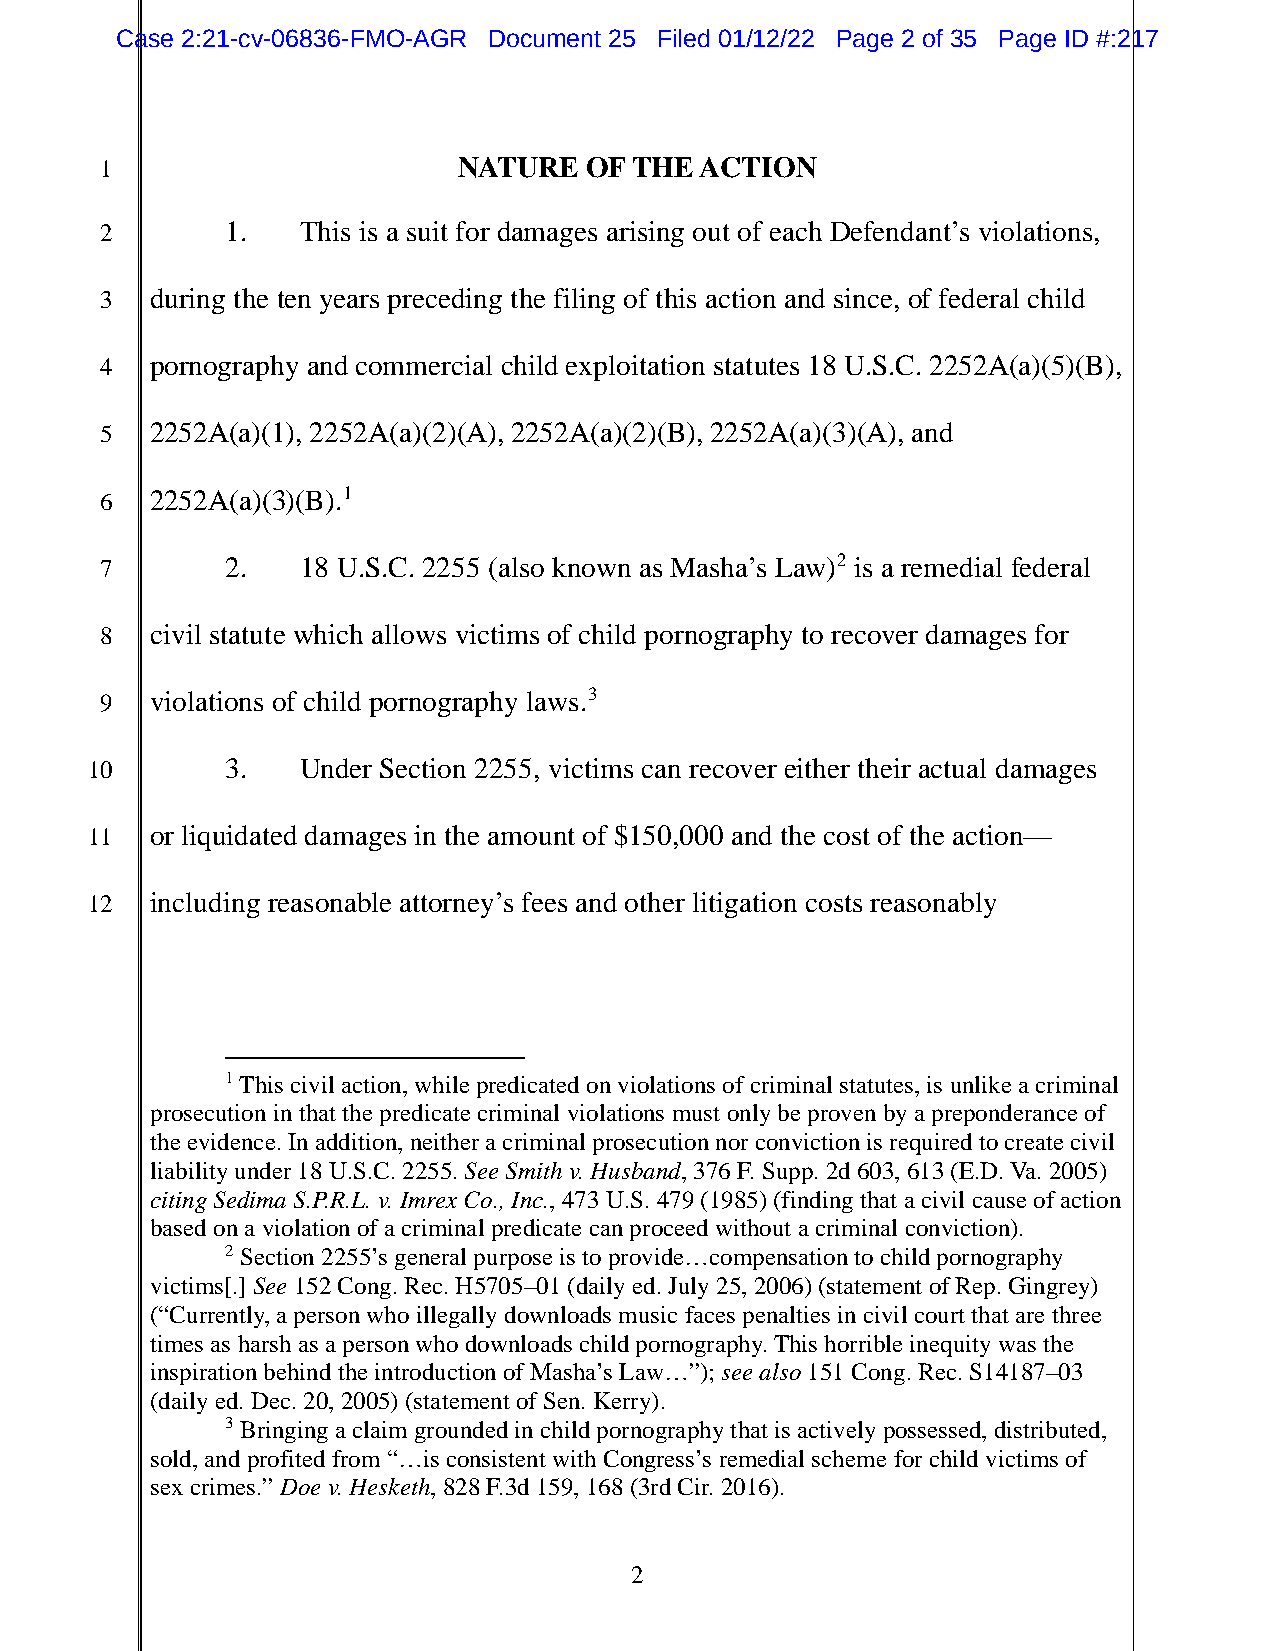
Case 2:21-cv-06836-FMO-AGR Document 25 Filed 01/12/22 Page 2 of 35 Page ID #:217
 1                      NATURE   OF THE ACTION
 2       1.   This is a suit for damages arising out of each Defendant’s violations,
 3  during the ten years preceding the filing of this action and since, of federal child
 4  pornography and commercial child exploitation statutes 18 U.S.C. 2252A(a)(5)(B),
 5  2252A(a)(1), 2252A(a)(2)(A), 2252A(a)(2)(B), 2252A(a)(3)(A), and
 6  2252A(a)(3)(B).1
 7       2.   18 U.S.C. 2255 (also known as Masha’s Law)2 is a remedial federal
 8  civil statute which allows victims of child pornography to recover damages for
 9  violations of child pornography laws.3
 10       3.   Under Section 2255, victims can recover either their actual damages
 11  or liquidated damages in the amount of $150,000 and the cost of the action—
 12  including reasonable attorney’s fees and other litigation costs reasonably
 1 This civil action, while predicated on violations of criminal statutes, is unlike a criminal
 prosecution in that the predicate criminal violations must only be proven by a preponderance of
 the evidence. In addition, neither a criminal prosecution nor conviction is required to create civil
 liability under 18 U.S.C. 2255. See Smith v. Husband, 376 F. Supp. 2d 603, 613 (E.D. Va. 2005)
 citing Sedima S.P.R.L. v. Imrex Co., Inc., 473 U.S. 479 (1985) (finding that a civil cause of action
 based on a violation of a criminal predicate can proceed without a criminal conviction).
 2 Section 2255’s general purpose is to provide…compensation to child pornography
 victims[.] See 152 Cong. Rec. H5705–01 (daily ed. July 25, 2006) (statement of Rep. Gingrey)
 (“Currently, a person who illegally downloads music faces penalties in civil court that are three
 times as harsh as a person who downloads child pornography. This horrible inequity was the
 inspiration behind the introduction of Masha’s Law…”); see also 151 Cong. Rec. S14187–03
 (daily ed. Dec. 20, 2005) (statement of Sen. Kerry).
 3 Bringing a claim grounded in child pornography that is actively possessed, distributed,
 sold, and profited from “…is consistent with Congress’s remedial scheme for child victims of
 sex crimes.” Doe v. Hesketh, 828 F.3d 159, 168 (3rd Cir. 2016).
 2